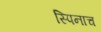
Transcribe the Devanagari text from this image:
स्पिनाच